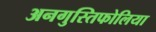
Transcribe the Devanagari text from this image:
अनगुस्तिफोलिया